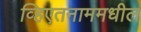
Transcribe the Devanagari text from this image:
व्हिएतनाममधील